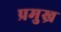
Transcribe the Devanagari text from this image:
प्रमुख्र